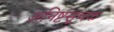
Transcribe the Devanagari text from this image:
अनिष्टसूचक